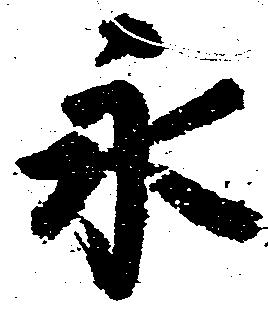
永